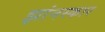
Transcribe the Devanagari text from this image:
झांनस्कार